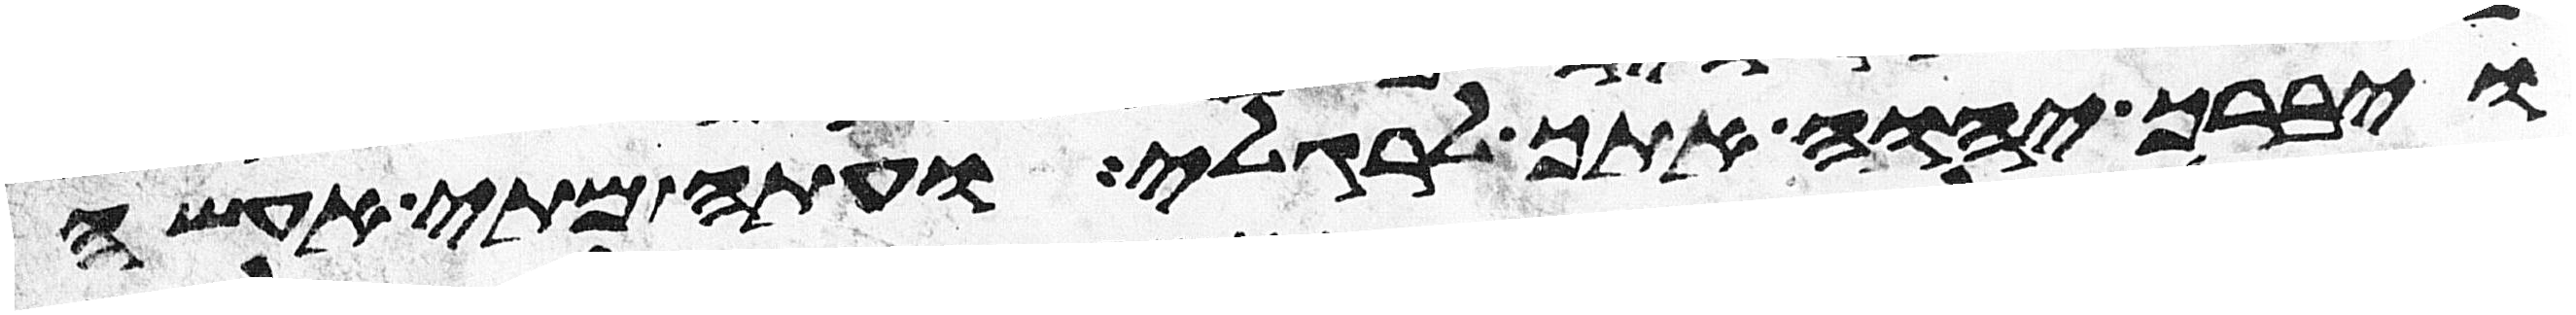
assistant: ויברך יהוה אתך לרגלי ועתה מתי אעשה